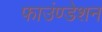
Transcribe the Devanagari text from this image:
फाउंण्डेशन